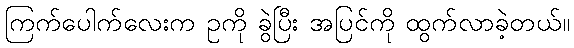
ကြက်ပေါက်လေးက ဥကို ခွဲပြီး အပြင်ကို ထွက်လာခဲ့တယ်။